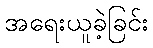
အရေးယူခဲ့ခြင်း